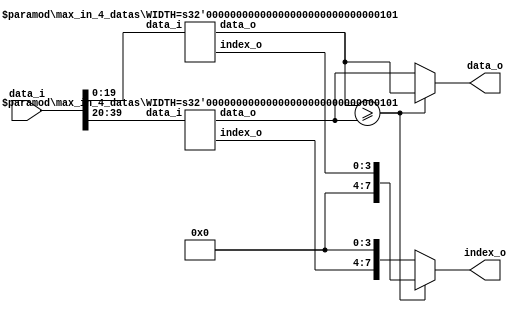
/**
 
 clause8find_learntc_inserti
 */
module max_in_8_datas #(
		parameter NUM = 8,
		parameter WIDTH = 5
		)
	(
	 input [NUM*WIDTH-1 : 0] data_i,
	 output [WIDTH-1 : 0]    data_o,
	 output [NUM-1 : 0]      index_o
	);
    parameter NUM_SUB = NUM/2;

    wire [NUM_SUB*WIDTH-1 : 0] data_i_0, data_i_1;
    wire [WIDTH-1 : 0]         data_o_0, data_o_1;
    wire [NUM/2-1 : 0]         index_o_0, index_o_1;

    assign {data_i_1, data_i_0} = data_i;
    assign data_o = data_o_0 >= data_o_1 ? data_o_0 : data_o_1;
    assign index_o = data_o_0 >= data_o_1 ? {4'd0, index_o_0} : {index_o_1, 4'd0};

	max_in_4_datas #(
			.WIDTH(WIDTH)
			)
	max_in_4_datas_inst0 (
			.data_i(data_i_0),
			.data_o(data_o_0),
			.index_o(index_o_0)
			);

	max_in_4_datas #(
			.WIDTH(WIDTH)
			)
	max_in_4_datas_inst1 (
			.data_i(data_i_1),
			.data_o(data_o_1),
			.index_o(index_o_1)
			);

endmodule

module max_in_4_datas #(
		parameter NUM = 4,
		parameter WIDTH = 5
		)
	(
	 input [NUM*WIDTH-1 : 0] data_i,
	 output [WIDTH-1 : 0]    data_o,
	 output [NUM-1 : 0]      index_o
	);
	parameter NUM_SUB = NUM/2;

	wire [NUM_SUB*WIDTH-1 : 0] data_i_0, data_i_1;
	assign {data_i_1, data_i_0} = data_i;

	wire [WIDTH-1 : 0]         data_o_0, data_o_1;
	assign data_o = data_o_0 >= data_o_1 ? data_o_0 : data_o_1;


	wire [NUM/2-1 : 0]         index_o_0, index_o_1;
	assign index_o = data_o_0 >= data_o_1 ? {2'd0, index_o_0} : {index_o_1, 2'd0};

	max_in_2_datas #(
			.WIDTH(WIDTH)
			)
	max_in_2_datas_inst0 (
			.data_i(data_i_0),
			.data_o(data_o_0),
			.index_o(index_o_0)
			);

	max_in_2_datas #(
			.WIDTH(WIDTH)
			)
	max_in_2_datas_inst1 (
			.data_i(data_i_1),
			.data_o(data_o_1),
			.index_o(index_o_1)
			);

	endmodule


module max_in_2_datas #(
		parameter NUM = 2,
		parameter WIDTH = 5
		)
	(
	 input [NUM*WIDTH-1 : 0] data_i,
	 output [WIDTH-1 : 0]    data_o,
	 output [NUM-1 : 0]      index_o
	);
	parameter NUM_SUB = NUM;

	wire [NUM_SUB*WIDTH/2-1 : 0] data_i_0, data_i_1;
	assign {data_i_1, data_i_0} = data_i;

	assign data_o = data_i_0 >= data_i_1 ? data_i_0 : data_i_1;
	assign index_o = data_i_0 >= data_i_1 ? 2'b01 : 2'b10;

	endmodule